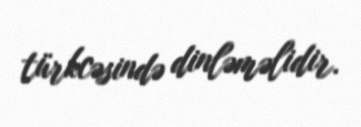
türkcəsində dinləməlidir.